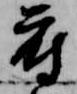
府